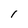
Character: I